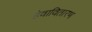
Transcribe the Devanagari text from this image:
हेवावितारण